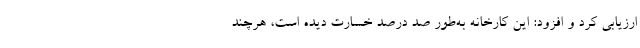
ارزیابی کرد و افزود: این کارخانه به‌طور صد درصد خسارت دیده است، هرچند